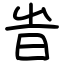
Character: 旹